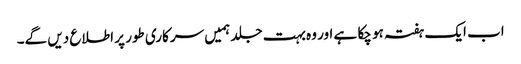
اب ایک ہفتہ ہو چکا ہے اور وہ بہت جلد ہمیں سرکاری طور پر اطلاع دیں گے۔